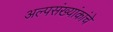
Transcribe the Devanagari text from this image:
अल्पसंख्यांकांचे